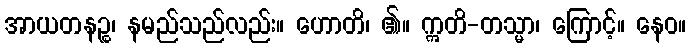
အာယတနဉ္စ၊ နမည်သည်လည်း။ ဟောတိ၊ ၏။ ဣတိ-တသ္မာ၊ ကြောင့်။ နေဝ။